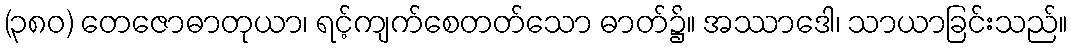
(၃၈၀) တေဇောဓာတုယာ၊ ရင့်ကျက်စေတတ်သော ဓာတ်၌။ အဿာဒေါ၊ သာယာခြင်းသည်။